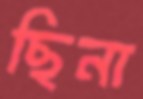
ছিনা